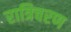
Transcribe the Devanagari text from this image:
रात्रिचरण